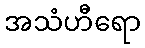
အသံဟီရော